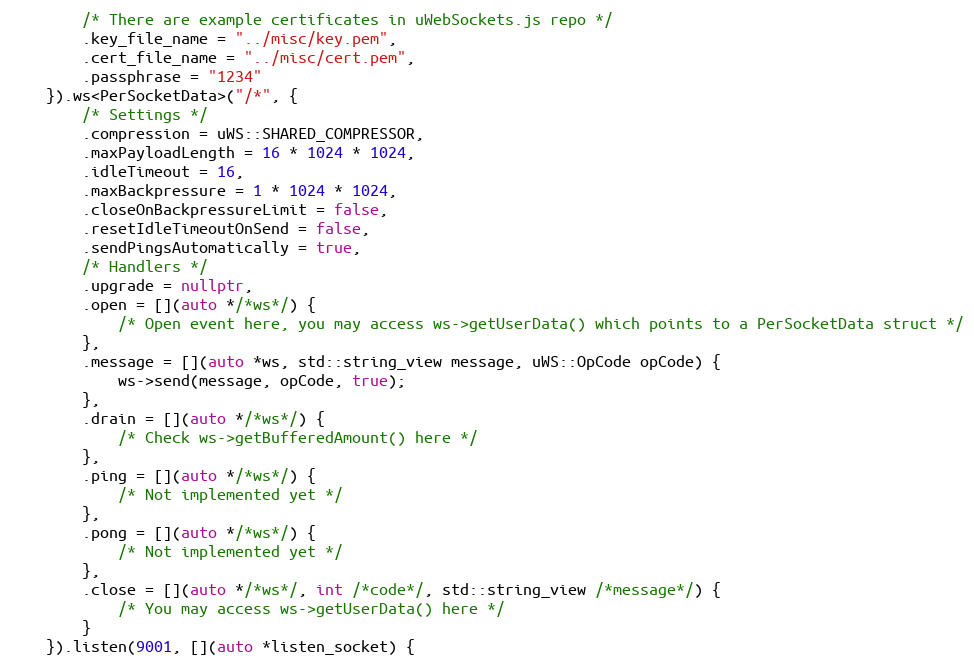
Language: C++
        /* There are example certificates in uWebSockets.js repo */
	    .key_file_name = "../misc/key.pem",
	    .cert_file_name = "../misc/cert.pem",
	    .passphrase = "1234"
	}).ws<PerSocketData>("/*", {
        /* Settings */
        .compression = uWS::SHARED_COMPRESSOR,
        .maxPayloadLength = 16 * 1024 * 1024,
        .idleTimeout = 16,
        .maxBackpressure = 1 * 1024 * 1024,
        .closeOnBackpressureLimit = false,
        .resetIdleTimeoutOnSend = false,
        .sendPingsAutomatically = true,
        /* Handlers */
        .upgrade = nullptr,
        .open = [](auto */*ws*/) {
            /* Open event here, you may access ws->getUserData() which points to a PerSocketData struct */
        },
        .message = [](auto *ws, std::string_view message, uWS::OpCode opCode) {
            ws->send(message, opCode, true);
        },
        .drain = [](auto */*ws*/) {
            /* Check ws->getBufferedAmount() here */
        },
        .ping = [](auto */*ws*/) {
            /* Not implemented yet */
        },
        .pong = [](auto */*ws*/) {
            /* Not implemented yet */
        },
        .close = [](auto */*ws*/, int /*code*/, std::string_view /*message*/) {
            /* You may access ws->getUserData() here */
        }
    }).listen(9001, [](auto *listen_socket) {